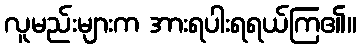
လူမည်းများက အားရပါးရရယ်ကြ၏။